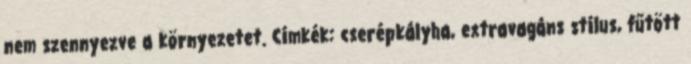
nem szennyezve a környezetet. Címkék: cserépkályha, extravagáns stílus, fűtött